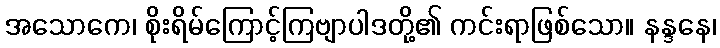
အသောကေ၊ စိုးရိမ်ကြောင့်ကြဗျာပါဒတို့၏ ကင်းရာဖြစ်သော။ နန္ဒနေ၊